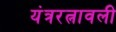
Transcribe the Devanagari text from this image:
यंत्ररत्नावली